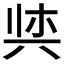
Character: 𫝌